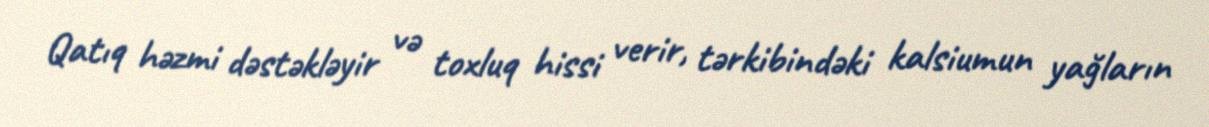
Qatıq həzmi dəstəkləyir və toxluq hissi verir, tərkibindəki kalsiumun yağların